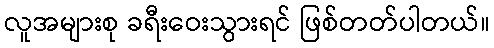
လူအများစု ခရီးဝေးသွားရင် ဖြစ်တတ်ပါတယ်။